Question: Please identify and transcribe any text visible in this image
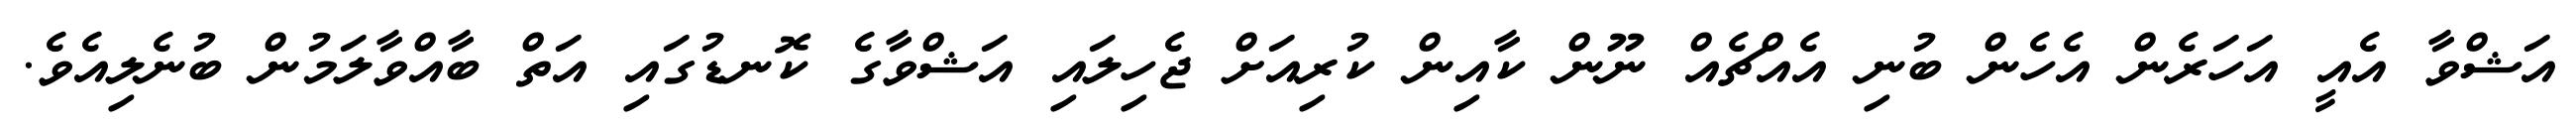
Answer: އަޝްވާ އެއީ އަހަރެން އެހެން ބުނި އެއްޗެއް ނޫން ކާއިން ކުރިއަށް ޖެހިލައި އަޝްވާގެ ކޮނޑުގައި އަތް ބާއްވާލަމުން ބުނެލިއެވެ.